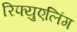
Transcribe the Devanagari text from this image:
रिफ्युएलिंग